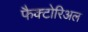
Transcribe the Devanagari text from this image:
फैक्टोरिअल